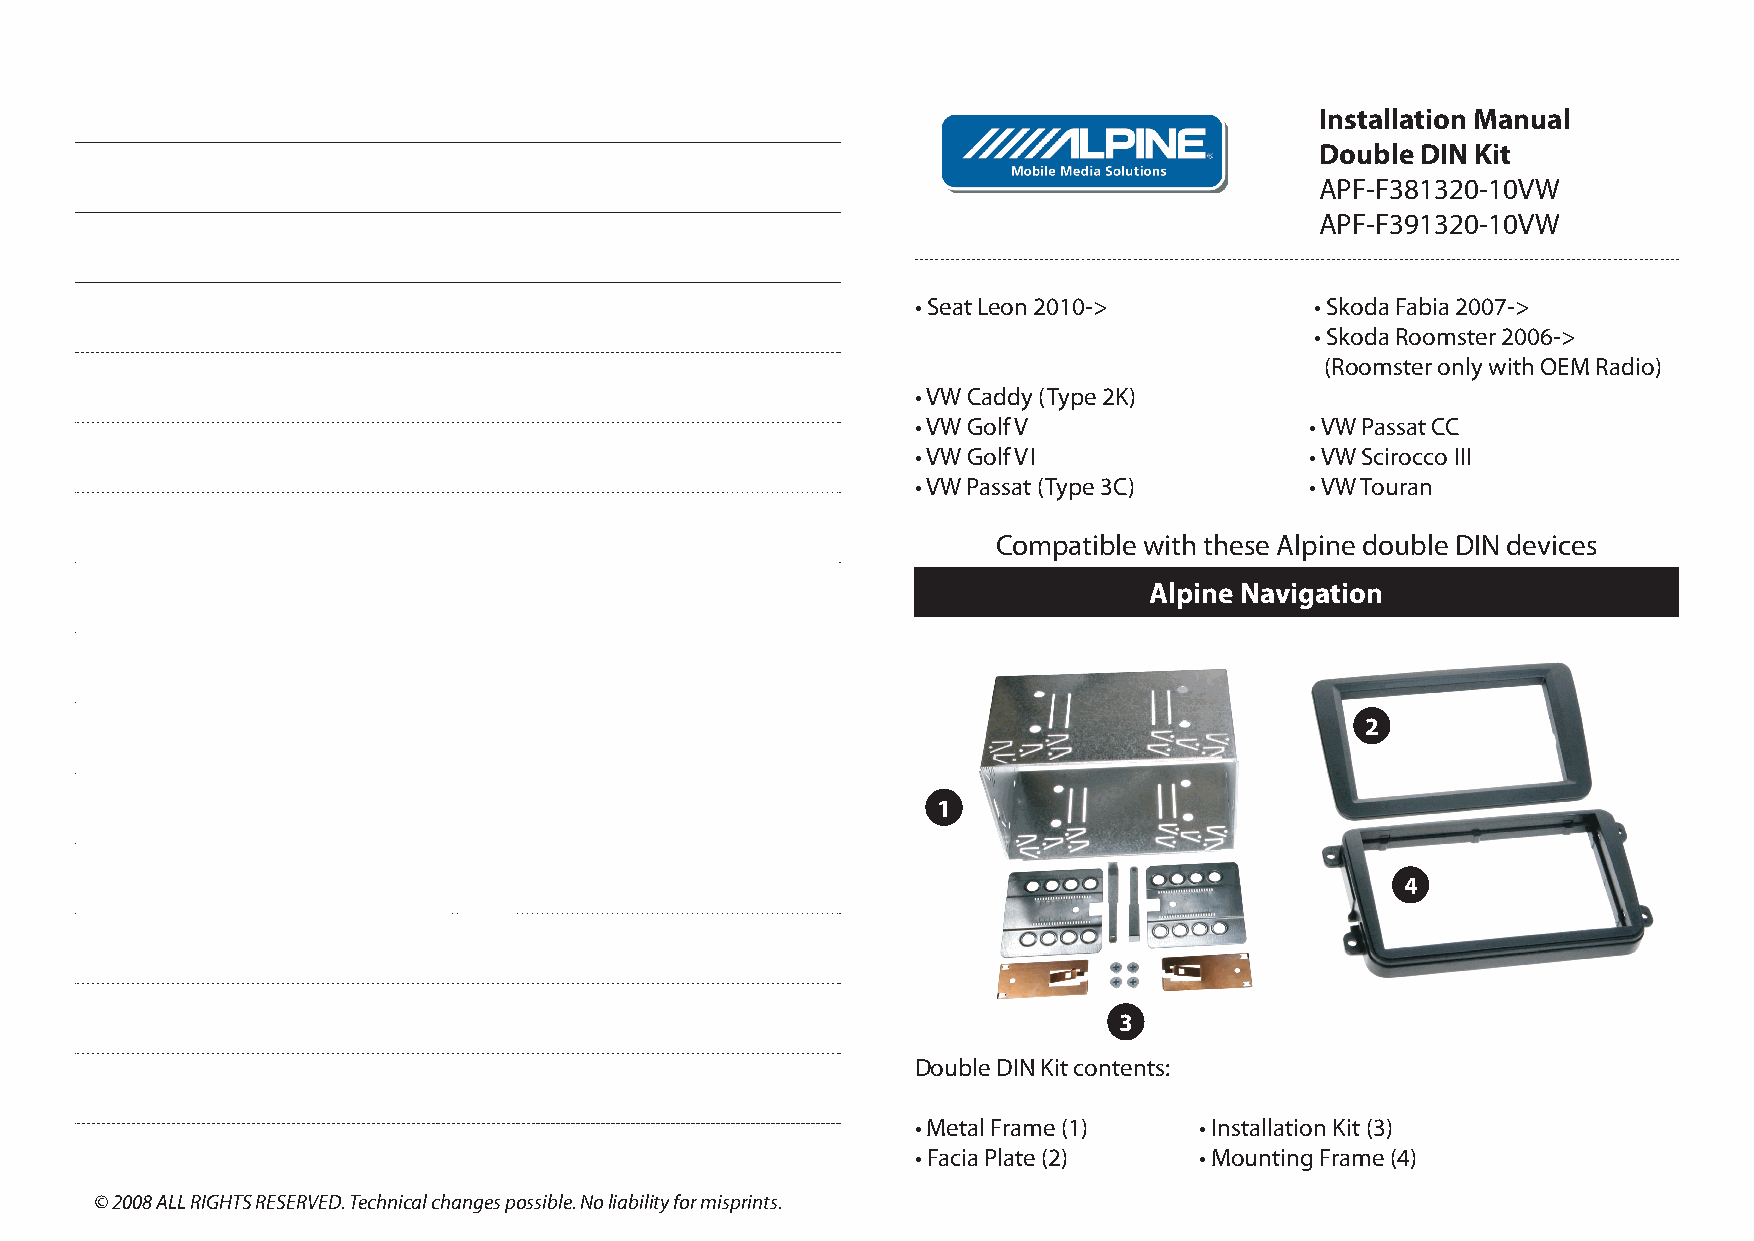
Installation Manual
 Double DIN Kit
 APF-F381320-10VW
 APF-F391320-10VW
 • Seat Leon 2010->        • Skoda Fabia 2007->
 • Skoda Roomster 2006->
 (Roomster only with OEM Radio)
 • VW Caddy (Type 2K)
 • VW Golf V               • VW Passat CC
 • VW Golf VI              • VW Scirocco III
 • VW Passat (Type 3C)     • VW Touran
 Compatible with these Alpine double DIN devices
 Alpine Navigation
 2
 1
 4
 3
 Double DIN Kit contents:
 • Metal Frame (1) • Installation Kit (3)
 • Facia Plate (2) • Mounting Frame (4)
 © 2008 ALL RIGHTS RESERVED. Technical changes possible. No liability for misprints.